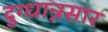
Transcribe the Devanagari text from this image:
दुग्धान्नसार